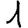
Digit: 1